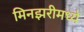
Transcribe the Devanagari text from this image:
मिनझरीमध्ये